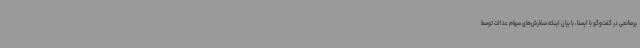
یرصانعی در گفت‌وگو با ایسنا، با بیان اینکه سفارش‌های سهام عدالت توسط